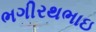
ભગીરથભાઇ